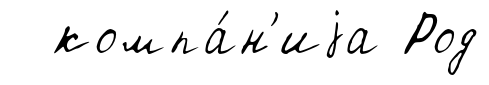
компа́н'иjа Род